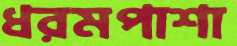
ধরমপাশা